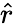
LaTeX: \hat{r}